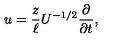
u = \frac { z } { \ell } U ^ { - 1 / 2 } \frac { \partial } { \partial t } ,